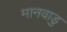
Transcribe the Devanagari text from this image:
मानवाडु